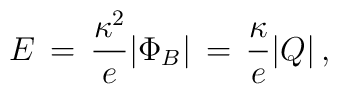
E \, = \, {\kappa^2 \over e} |\Phi_B| \, = \, {\kappa \over e} |Q|  \,  ,